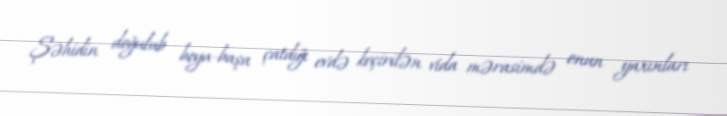
Şəhidin doğulub boya-başa çatdığı evdə keçirilən vida mərasimdə onun yaxınları